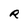
Character: R